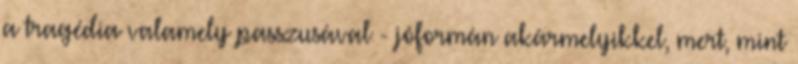
a tragédia valamely passzusával - jóformán akármelyikkel, mert, mint